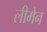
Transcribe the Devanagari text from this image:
लीमेन